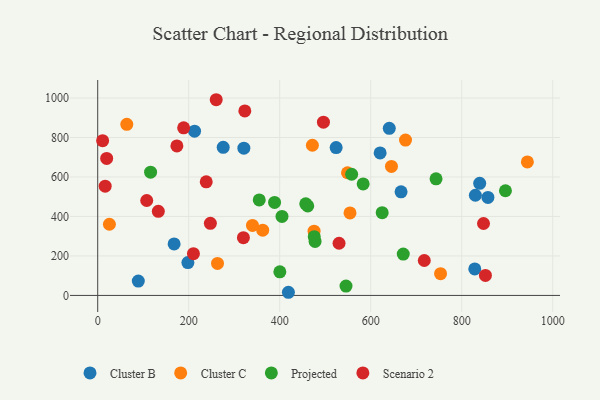
{"axis": {"x": "Study Hours", "y": "Fuel Efficiency"}, "legend": ["Cluster B", "Cluster C", "Projected", "Scenario 2"], "data": [{"x": "419.1", "y": 16.0, "type": "Cluster B"}, {"x": "666.7", "y": 524.9, "type": "Cluster B"}, {"x": "321.2", "y": 745.8, "type": "Cluster B"}, {"x": "275.8", "y": 750.3, "type": "Cluster B"}, {"x": "167.9", "y": 261.0, "type": "Cluster B"}, {"x": "524.0", "y": 748.8, "type": "Cluster B"}, {"x": "828.7", "y": 134.3, "type": "Cluster B"}, {"x": "830.0", "y": 507.4, "type": "Cluster B"}, {"x": "640.8", "y": 846.2, "type": "Cluster B"}, {"x": "839.5", "y": 568.0, "type": "Cluster B"}, {"x": "89.2", "y": 72.9, "type": "Cluster B"}, {"x": "212.8", "y": 832.1, "type": "Cluster B"}, {"x": "857.6", "y": 496.6, "type": "Cluster B"}, {"x": "620.7", "y": 721.9, "type": "Cluster B"}, {"x": "198.2", "y": 166.4, "type": "Cluster B"}, {"x": "753.5", "y": 110.1, "type": "Cluster C"}, {"x": "676.5", "y": 787.1, "type": "Cluster C"}, {"x": "554.5", "y": 417.8, "type": "Cluster C"}, {"x": "475.5", "y": 325.3, "type": "Cluster C"}, {"x": "944.3", "y": 676.4, "type": "Cluster C"}, {"x": "263.3", "y": 162.2, "type": "Cluster C"}, {"x": "340.1", "y": 354.4, "type": "Cluster C"}, {"x": "471.8", "y": 760.7, "type": "Cluster C"}, {"x": "362.6", "y": 330.3, "type": "Cluster C"}, {"x": "549.0", "y": 621.4, "type": "Cluster C"}, {"x": "645.6", "y": 653.5, "type": "Cluster C"}, {"x": "25.7", "y": 360.6, "type": "Cluster C"}, {"x": "63.9", "y": 866.9, "type": "Cluster C"}, {"x": "457.2", "y": 464.0, "type": "Projected"}, {"x": "671.5", "y": 209.4, "type": "Projected"}, {"x": "400.3", "y": 119.4, "type": "Projected"}, {"x": "355.0", "y": 483.8, "type": "Projected"}, {"x": "896.1", "y": 530.3, "type": "Projected"}, {"x": "477.7", "y": 273.6, "type": "Projected"}, {"x": "558.1", "y": 613.7, "type": "Projected"}, {"x": "743.6", "y": 590.5, "type": "Projected"}, {"x": "583.4", "y": 564.9, "type": "Projected"}, {"x": "545.7", "y": 47.2, "type": "Projected"}, {"x": "388.7", "y": 471.1, "type": "Projected"}, {"x": "116.2", "y": 624.1, "type": "Projected"}, {"x": "625.2", "y": 419.3, "type": "Projected"}, {"x": "475.9", "y": 297.4, "type": "Projected"}, {"x": "405.0", "y": 400.4, "type": "Projected"}, {"x": "461.6", "y": 453.6, "type": "Projected"}, {"x": "19.7", "y": 694.1, "type": "Scenario 2"}, {"x": "238.5", "y": 575.2, "type": "Scenario 2"}, {"x": "247.6", "y": 365.1, "type": "Scenario 2"}, {"x": "107.7", "y": 480.9, "type": "Scenario 2"}, {"x": "260.4", "y": 991.3, "type": "Scenario 2"}, {"x": "847.9", "y": 364.4, "type": "Scenario 2"}, {"x": "852.1", "y": 101.2, "type": "Scenario 2"}, {"x": "496.1", "y": 877.4, "type": "Scenario 2"}, {"x": "10.8", "y": 783.8, "type": "Scenario 2"}, {"x": "188.9", "y": 849.0, "type": "Scenario 2"}, {"x": "16.4", "y": 553.4, "type": "Scenario 2"}, {"x": "323.3", "y": 934.7, "type": "Scenario 2"}, {"x": "717.7", "y": 177.0, "type": "Scenario 2"}, {"x": "210.4", "y": 211.3, "type": "Scenario 2"}, {"x": "530.4", "y": 264.3, "type": "Scenario 2"}, {"x": "320.2", "y": 292.6, "type": "Scenario 2"}, {"x": "174.0", "y": 757.3, "type": "Scenario 2"}, {"x": "133.2", "y": 425.9, "type": "Scenario 2"}]}